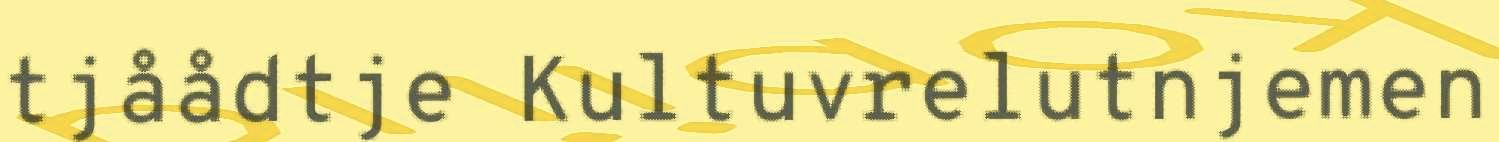
tjåådtje Kultuvrelutnjemen